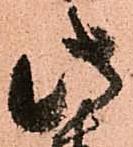
此